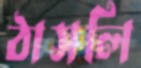
ঠাসলি